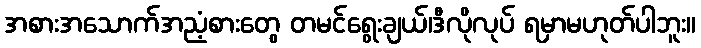
အစားအသောက်အညံ့စားတွေ တမင်ရွေးချယ်၊ဒီလိုလုပ် ရမှာမဟုတ်ပါဘူး။